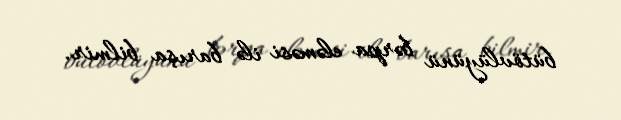
bütövlüyünü bərpa eləməsi ilə barışa bilmir.